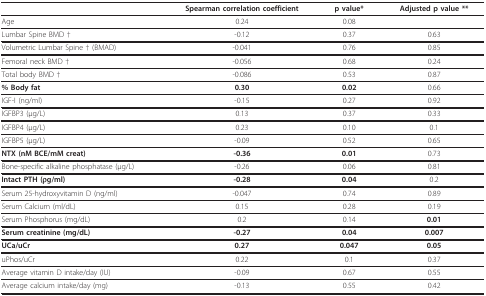
|  | Spearman correlation coefficient | p value* | Adjusted p value ** |
 | --- | --- | --- | --- |
 | Age | 0.24 | 0.08 |  |
 | Lumbar Spine BMD † | -0.12 | 0.37 | 0.63 |
 | Volumetric Lumbar Spine † (BMAD) | -0.041 | 0.76 | 0.85 |
 | Femoral neck BMD † | -0.056 | 0.68 | 0.24 |
 | Total body BMD † | -0.086 | 0.53 | 0.87 |
 | % Body fat | 0.30 | 0.02 | 0.66 |
 | IGF-I (ng/ml) | -0.15 | 0.27 | 0.92 |
 | IGFBP3 (μg/L) | 0.13 | 0.37 | 0.33 |
 | IGFBP4 (μg/L) | 0.23 | 0.10 | 0.1 |
 | IGFBP5 (μg/L) | -0.09 | 0.52 | 0.65 |
 | NTX (nM BCE/mM creat) | -0.36 | 0.01 | 0.73 |
 | Bone-specific alkaline phosphatase (μg/L) | -0.26 | 0.06 | 0.81 |
 | Intact PTH (ρg/ml) | -0.28 | 0.04 | 0.2 |
 | Serum 25-hydroxyvitamin D (ng/ml) | -0.047 | 0.74 | 0.89 |
 | Serum Calcium (ml/dL) | 0.15 | 0.28 | 0.19 |
 | Serum Phosphorus (mg/dL) | 0.2 | 0.14 | 0.01 |
 | Serum creatinine (mg/dL) | -0.27 | 0.04 | 0.007 |
 | UCa/uCr | 0.27 | 0.047 | 0.05 |
 | uPhos/uCr | 0.22 | 0.1 | 0.37 |
 | Average vitamin D intake/day (IU) | -0.09 | 0.67 | 0.55 |
 | Average calcium intake/day (mg) | -0.13 | 0.55 | 0.42 |